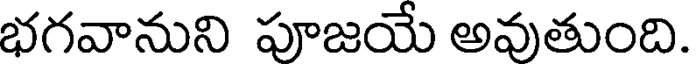
భగవానుని పూజయే అవుతుంది.